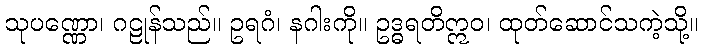
သုပဏ္ဏော၊ ဂဠုန်သည်။ ဥရဂံ၊ နဂါးကို။ ဥဒ္ဓရတိဣဝ၊ ထုတ်ဆောင်သကဲ့သို့။